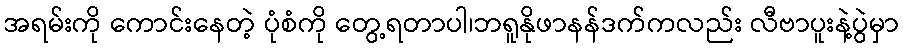
အရမ်းကို ကောင်းနေတဲ့ ပုံစံကို တွေ့ရတာပါ၊ဘရူနိုဖာနန်ဒက်ကလည်း လီဗာပူးနဲ့ပွဲမှာ